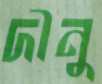
দীনু